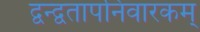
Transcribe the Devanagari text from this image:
द्वन्द्वतापनिवारकम्